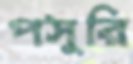
পসুরি